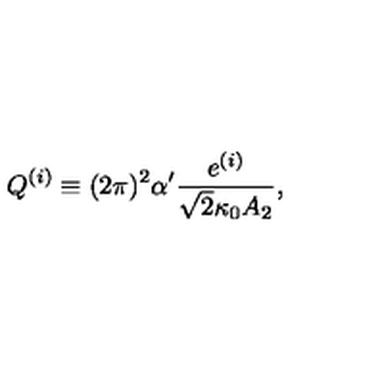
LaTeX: Q ^ { ( i ) } \equiv ( 2 \pi ) ^ { 2 } \alpha ^ { \prime } \frac { e ^ { ( i ) } } { \sqrt { 2 } \kappa _ { 0 } A _ { 2 } } ,